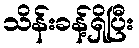
သိန်းခန့်ရှိပြီး